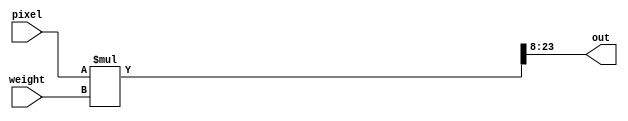
`timescale 1ns / 1ps
module mult
#(
    parameter 
    DATA_WIDTH = 16,
    FRAC_BIT = 8
)
(
    input signed [DATA_WIDTH-1:0] pixel,
    input signed [DATA_WIDTH-1:0] weight,
    
    output signed [DATA_WIDTH-1:0] out
);
    wire signed [DATA_WIDTH*2-1:0] mult_result; //want to take the middle of this
    
    assign mult_result = pixel * weight;
    assign out = mult_result[DATA_WIDTH+FRAC_BIT-1:FRAC_BIT];

endmodule